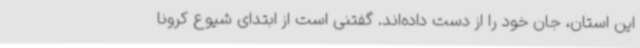
این استان، جان خود را از دست داده‌اند. گفتنی است از ابتدای شیوع کرونا